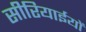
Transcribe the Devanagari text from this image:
सीरियाईयों